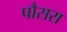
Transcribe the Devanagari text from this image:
पौसरा